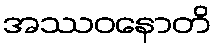
အဿဝနောတိ